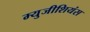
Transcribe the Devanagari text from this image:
म्युजीशियंस